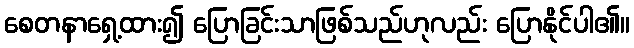
စေတနာရှေ့ထား၍ ပြောခြင်းသာဖြစ်သည်ဟုလည်း ပြောနိုင်ပါ၏။